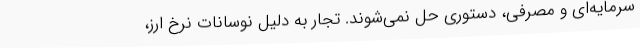
سرمایه‌ای و مصرفی، دستوری حل نمی‌شوند. تجار به دلیل نوسانات نرخ ارز،